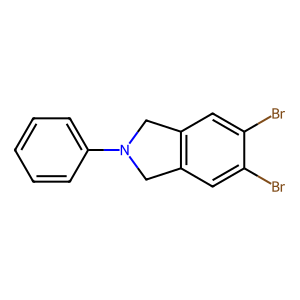
SMILES: Brc1cc2c(cc1Br)CN(c1ccccc1)C2
Inhibits HIV replication: No